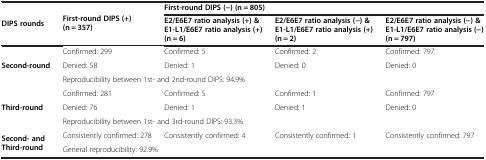
<table><thead><tr><td rowspan="2"><b>DIPS rounds</b></td><td rowspan="2"><b>First-round DIPS (+) (n = 357)</b></td><td colspan="3"><b>First-round DIPS (−) (n = 805)</b></td></tr><tr><td><b>E2/E6E7 ratio analysis (+) &amp; E1-L1/E6E7 ratio analysis (+) (n = 6)</b></td><td><b>E2/E6E7 ratio analysis (−) &amp; E1-L1/E6E7 ratio analysis (+) (n = 2)</b></td><td><b>E2/E6E7 ratio analysis (−) &amp; E1-L1/E6E7 ratio analysis (−) (n = 797)</b></td></tr></thead><tbody><tr><td rowspan="3"><b>Second-round</b></td><td>Confirmed: 299</td><td>Confirmed: 5</td><td>Confirmed: 2</td><td>Confirmed: 797</td></tr><tr><td>Denied: 58</td><td>Denied: 1</td><td>Denied: 0</td><td>Denied: 0</td></tr><tr><td colspan="4">Reproducibility between 1st- and 2nd-round DIPS: 94.9%</td></tr><tr><td rowspan="3"><b>Third-round</b></td><td>Confirmed: 281</td><td>Confirmed: 5</td><td>Confirmed: 1</td><td>Confirmed: 797</td></tr><tr><td>Denied: 76</td><td>Denied: 1</td><td>Denied: 1</td><td>Denied: 0</td></tr><tr><td colspan="4">Reproducibility between 1st- and 3rd-round DIPS: 93.3%</td></tr><tr><td rowspan="2"><b>Second- and Third-round</b></td><td>Consistently confirmed: 278</td><td>Consistently confirmed: 4</td><td>Consistently confirmed: 1</td><td>Consistently confirmed: 797</td></tr><tr><td colspan="4">General reproducibility: 92.9%</td></tr></tbody></table>